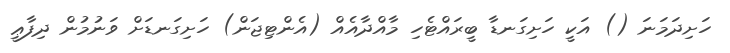
ހަށިދަމަނަ () އަކީ ހަށިގަނޑާ ބީރައްޓެހި މާއްދާއެއް (އެންޓިޖަން) ހަށިގަނޑަށް ވަނުމުން ދިފާޢީ